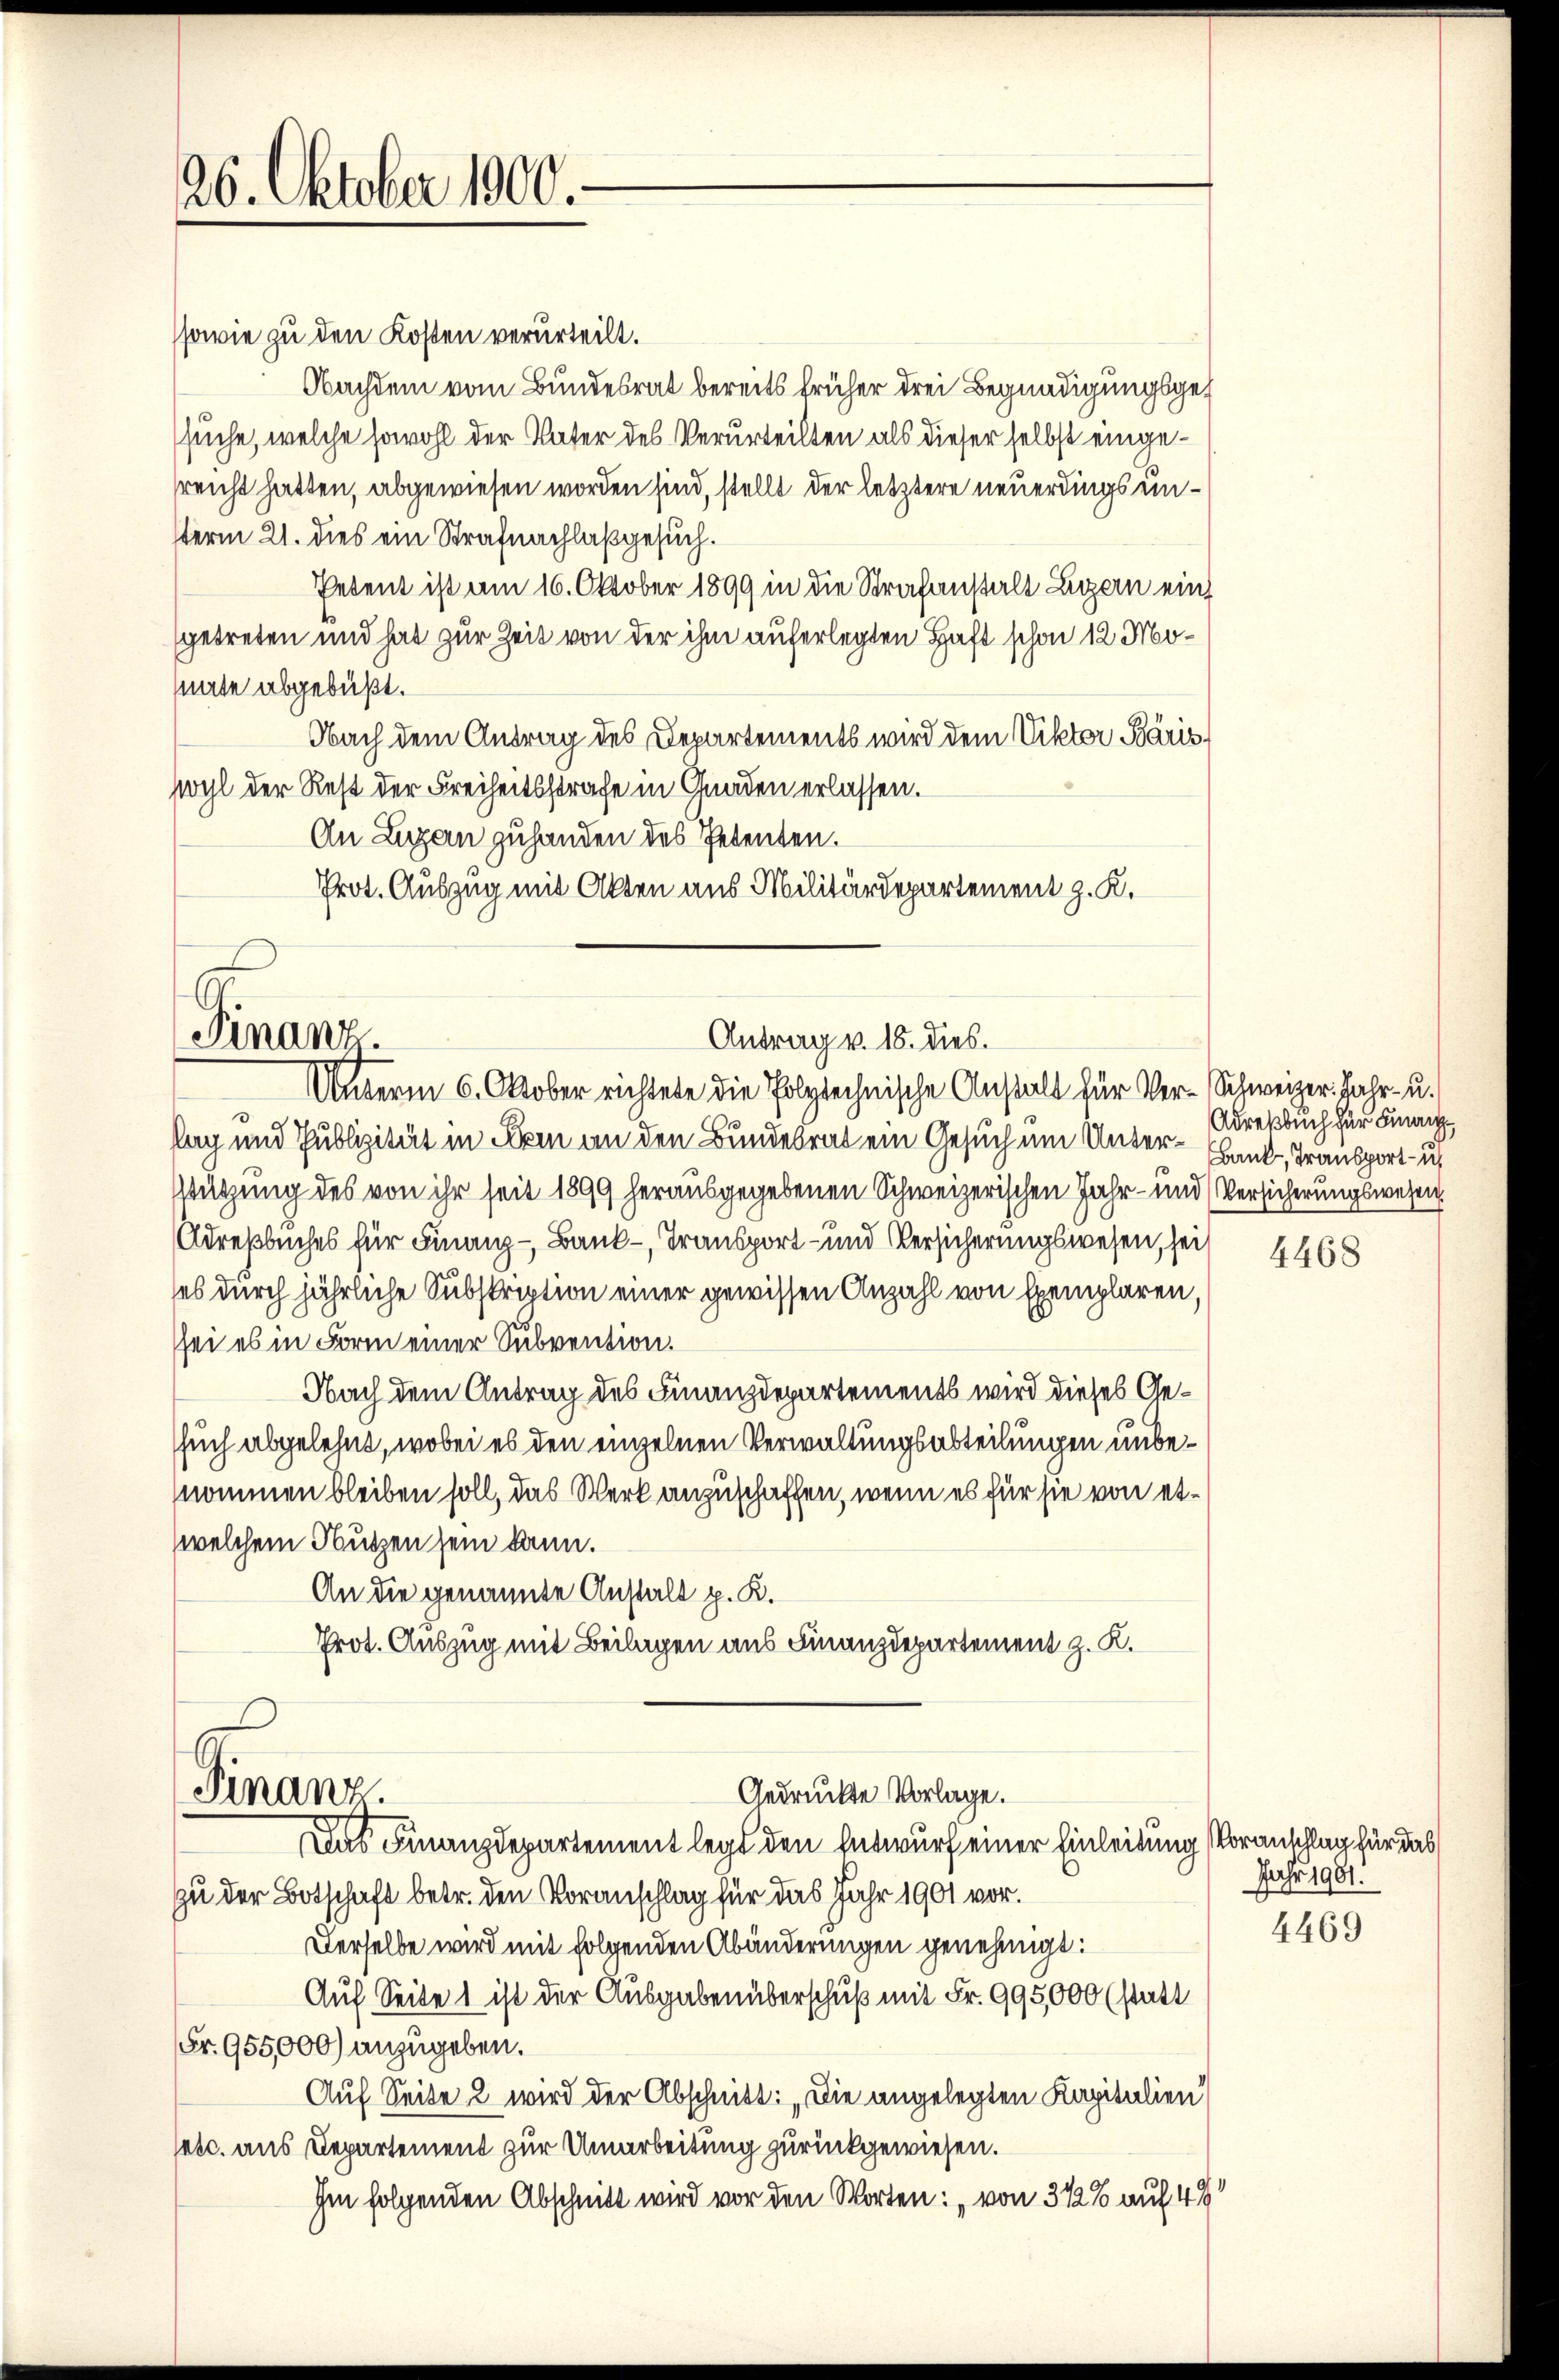
26. Oktober 1900.

ssowie zu den Kosten verurteilt.
Nachdem vom Bundesrat bereits früher drei Begnadigungsgesuche, welche sowohl der Vater des Verurteilten als dieser selbst eingesreicht hatten, abgewiesen worden sind, stellt der letztere neuerdings unterm 21. dies ein Strafnachlaß gesuch.
Petent ist am 16. Oktober 1899 in die Strafanstalt Legern ein
getreten und hat zur Zeit von der ihm auferlegten Haft schon 12 Monate abgebüßt.
Obach dem Antrag des Departements wird dem Viktor Bäris
wyl der Rest der Freiheitsstrafe in Gnaden erlassen.
An Luzern zuhanden des Petenten.
lag und Publizität in Sei an den Bundesrat ein Gesuch um Unter-Hand, Transport – ich
Stützung des von ihr seit 1899 herausgegebenen Schweizerischen Jahr- und Versicherungswesen
Adresbuches für Finanz- Bank-, Transport- und Versicherungswesen, sei
ses durch jährliche Subskription einer gewissen Anzahl von Exemplaren,
sei es in Form einer Subvention.
Nach dem Antrag des Finanzdepartements wird dieses Gesuch abgelehnt, wobei es den einzelnen Verwaltungsabteilungen unbenommen bleiben soll, das Werk anzuschaffen, wenn es für sie von etwelchem Nutzen sein kann.
An die genannte Anstalt p. K.
Prot. Auszug mit Beilagen aus Finanzdepartement z. K.
Gedrückte Vorlage.
Finanz.
Das Finanzdepartement legt den Entwurf einer Einleitung Voranschlag für das
zu der Botschaft betr. den Voranschlag für das Jahr 1901 vor.
Derselbe wird mit folgenden Abänderungen genehmigt:
Auf Seite 1 ist der Ausgaben überschuß mit Fr. 995,000 (statt
Fr. 955,000) anzugeben.
Auf Seite 2 wird der Abschnitt: „Die angelegten Kapitalien
setc. aus Departement zur Umarbeitung zurückgewiesen.
Im folgenden Abschnitt wird vor den Worten: „von 3 1/2% auf 49

Finanz.

Prot. Auszug mit Akten aus Militärdepartement z. K.
Antrag v. 18. dies.
Unterm 6. Oktober richtete die Polytechnische Anstalt für Ver-Schweizer. Jahr- u.

Adrekbuch für Finanz

4468

Jahr 1981.

4469